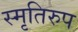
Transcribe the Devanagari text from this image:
स्मृतिरुप